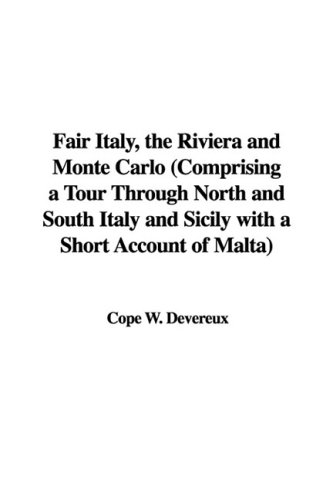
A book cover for Fair Italy, the Riviera and Monte Carlo (Comprising a Tour Through North and South Italy and Sicily with a Short Account of Malta); Cope W. Devereux; Travel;